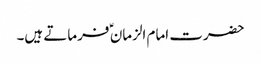
حضرت امام الزمان ؑ فرماتے ہیں۔